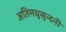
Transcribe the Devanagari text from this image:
अतिमघुसुन्दनी